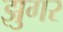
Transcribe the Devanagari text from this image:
झुगर